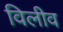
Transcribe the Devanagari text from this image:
विलीव